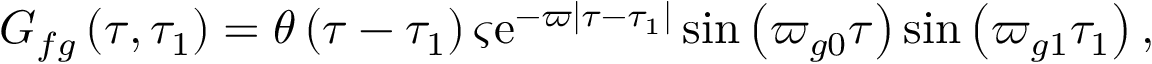
G _ { f g } \left( \tau , \tau _ { 1 } \right) = \theta \left( \tau - \tau _ { 1 } \right) \varsigma \mathrm { e } ^ { - \varpi \left| \tau - \tau _ { 1 } \right| } \sin \left( \varpi _ { g 0 } \tau \right) \sin \left( \varpi _ { g 1 } \tau _ { 1 } \right) ,